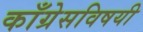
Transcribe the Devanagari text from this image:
काँग्रेसविषयी